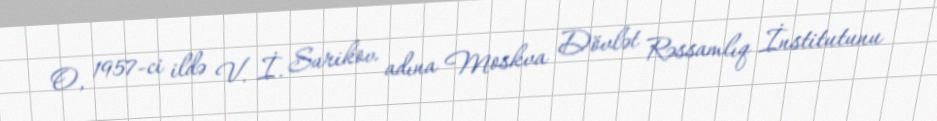
O, 1957-ci ildə V. İ. Surikov adına Moskva Dövlət Rəssamlıq İnstitutunu